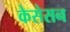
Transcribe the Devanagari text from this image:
केसेसन